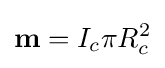
\mathbf {m} =I_{c}\pi R_{c}^{2}